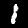
Digit: 1